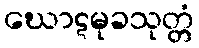
ဃောဋမုခသုတ္တံ